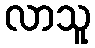
လာသူ